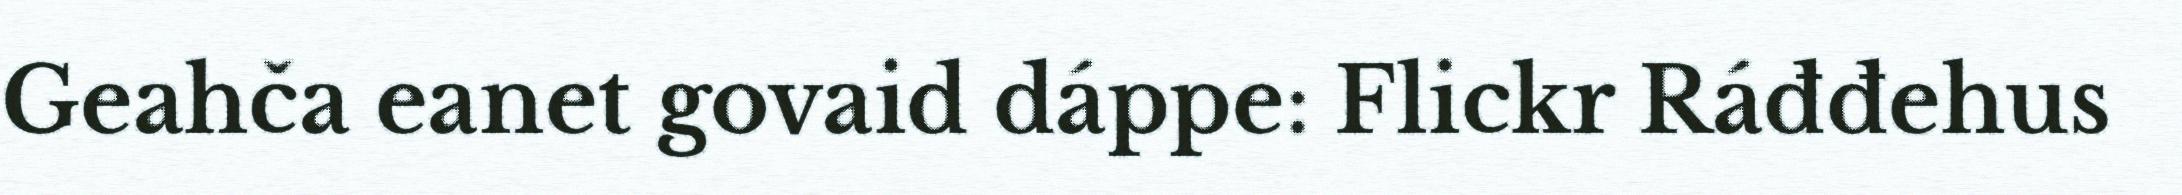
Geahča eanet govaid dáppe: Flickr Ráđđehus